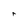
Character: r